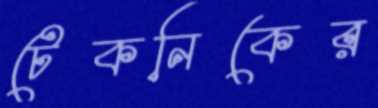
টেকনিকের